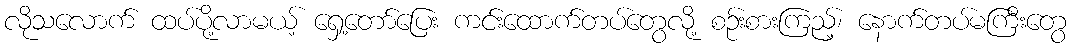
လိုသလောက် ထပ်ပို့လာမယ့် ရှေ့တော်ပြေး ကင်းထောက်တပ်တွေလို့ စဉ်းစားကြည့်၊ နောက်တပ်မကြီးတွေ